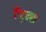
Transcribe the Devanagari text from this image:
टैट्न्स